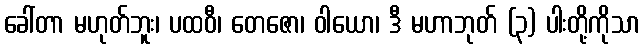
ခေါ်တာ မဟုတ်ဘူး၊ ပထဝီ၊ တေဇော၊ ဝါယော၊ ဒီ မဟာဘုတ် (၃) ပါးတို့ကိုသာ